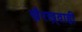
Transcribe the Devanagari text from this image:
ख़ैरख़्वाही